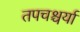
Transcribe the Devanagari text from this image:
तपचश्चर्या